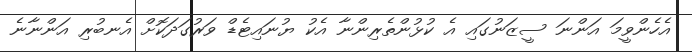
އެހެންވީމަ އަންނަ ސީޒަނުގައި އެ ކުޅުންތެރިންނާ އެކު ޔުނައިޓެޑް ވަރުގަދަކޮށް އެނބުރި އަންނާނެ